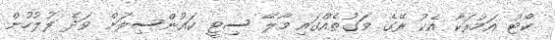
ކޯޓު އަމުރަކާ އެކު ރޭގެ ވަގުތެއްގައި މާލޭ ސިޓީ ކައުންސިލަށް ވަދެ ފުލުހުން